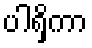
ပါရှိကာ